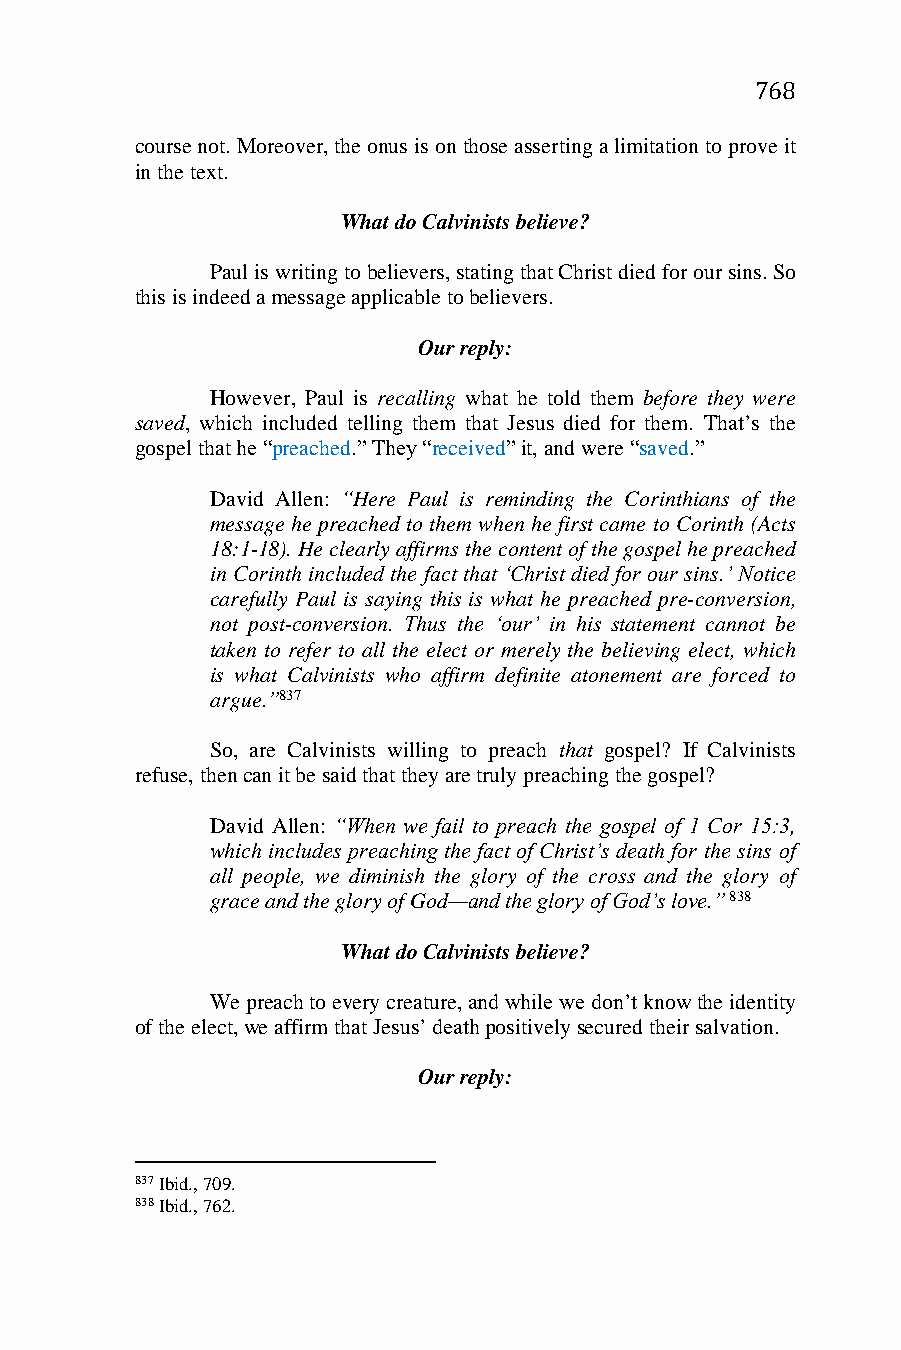
768
 course not. Moreover, the onus is on those asserting a limitation to prove it
 in the text.
 What do Calvinists believe?
 Paul is writing to believers, stating that Christ died for our sins. So
 this is indeed a message applicable to believers.
 Our reply:
 However, Paul is recalling what he told them before they were
 saved, which included telling them that Jesus died for them. That’s the
 gospel that he “preached.” They “received” it, and were “saved.”
 David Allen: “Here Paul is reminding the Corinthians of the
 message he preached to them when he first came to Corinth (Acts
 18:1-18). He clearly affirms the content of the gospel he preached
 in Corinth included the fact that ‘Christ died for our sins.’ Notice
 carefully Paul is saying this is what he preached pre-conversion,
 not post-conversion. Thus the ‘our’ in his statement cannot be
 taken to refer to all the elect or merely the believing elect, which
 is what Calvinists who affirm definite atonement are forced to
 argue.”837
 So, are Calvinists willing to preach that gospel? If Calvinists
 refuse, then can it be said that they are truly preaching the gospel?
 David Allen: “When we fail to preach the gospel of 1 Cor 15:3,
 which includes preaching the fact of Christ’s death for the sins of
 all people, we diminish the glory of the cross and the glory of
 grace and the glory of God—and the glory of God’s love.” 838
 What do Calvinists believe?
 We preach to every creature, and while we don’t know the identity
 of the elect, we affirm that Jesus’ death positively secured their salvation.
 Our reply:
 837 Ibid., 709.
 838 Ibid., 762.